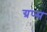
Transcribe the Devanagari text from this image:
ग्रप्स